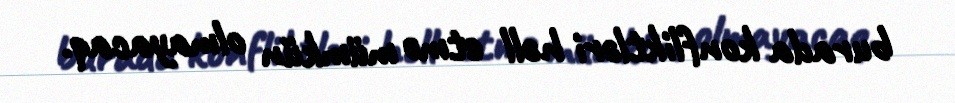
burada konfliktləri həll etmə mümkün olmayacaq.